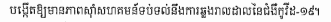
បង្កើតឲ្យមានភាពស៊ាំសហគមន៍ទប់ទល់នឹងការឆ្លងរាលដាលនៃជំងឺកូវីដ-19។